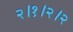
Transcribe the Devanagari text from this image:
२।१।२।२